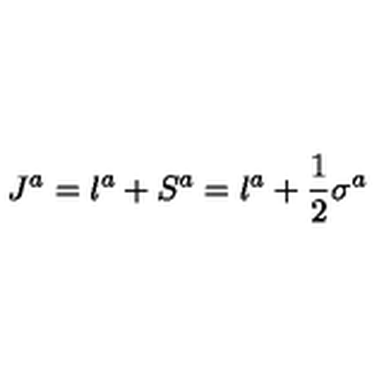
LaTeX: J ^ { a } = l ^ { a } + S ^ { a } = l ^ { a } + { \frac { 1 } { 2 } } \sigma ^ { a }